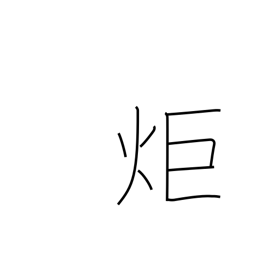
Meaning: signal fire